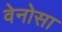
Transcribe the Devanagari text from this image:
वेनोसा